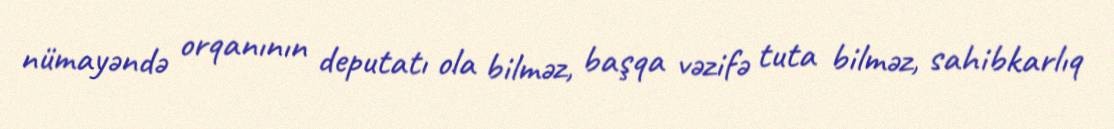
nümayəndə orqanının deputatı ola bilməz, başqa vəzifə tuta bilməz, sahibkarlıq